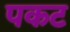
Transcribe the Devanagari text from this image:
पकट